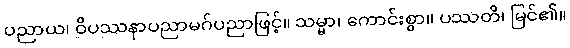
ပညာယ၊ ဝိပဿနာပညာမဂ်ပညာဖြင့်။ သမ္မာ၊ ကောင်းစွာ။ ပဿတိ၊ မြင်၏။